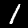
Label: 1